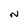
Character: N